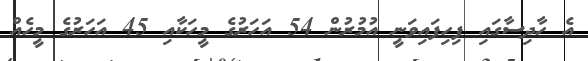
އެ ހާދިސާގައި ފިހިފައިވަނީ އުމުރުން 54 އަހަރުގެ މީހަކާއި 45 އަހަރުގެ މީހެއް